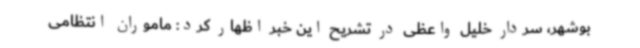
بوشهر، سردار خلیل واعظی در تشریح این خبر اظهار کرد: ماموران انتظامی